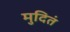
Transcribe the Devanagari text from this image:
मुदितं